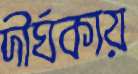
দীর্ঘকায়